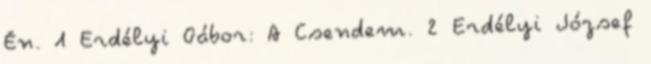
Én. 1 Erdélyi Gábor: A Csendem. 2 Erdélyi József